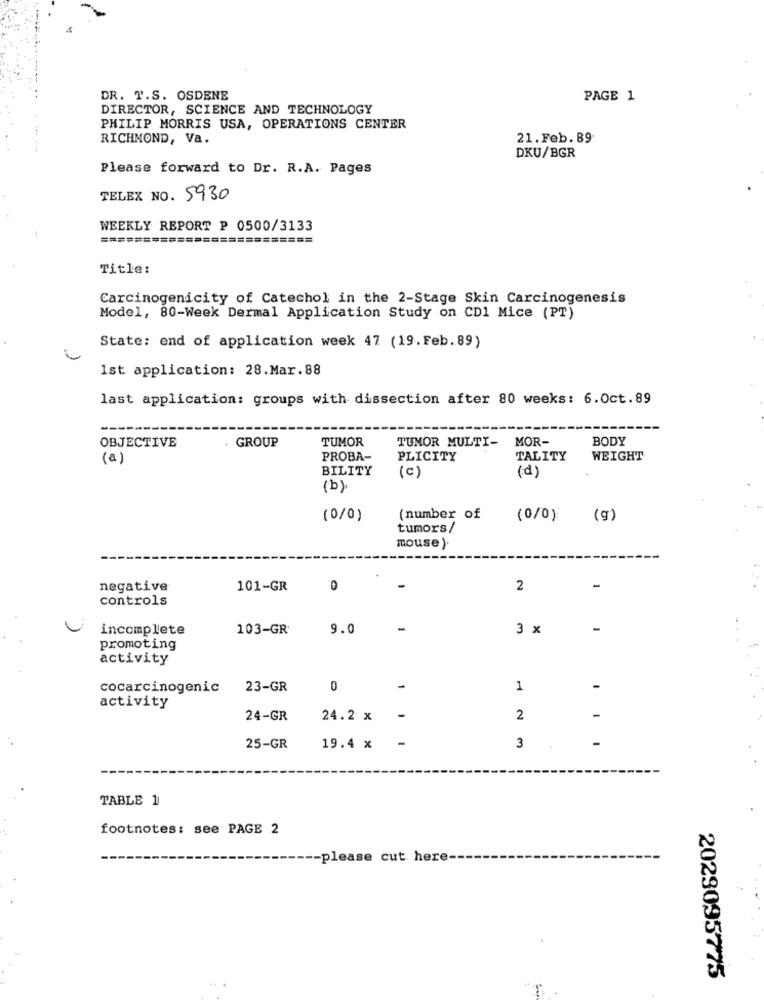
DR. T.S. OSDENE
PAGE 1
DIRECTOR, SCIENCE AND TECHNOLOGY
PHILIP MORRIS USA, OPERATIONS CENTER
RICHMOND, Va.
21.Feb. 89
DKU/BGR
Please forward to Dr. R.A. Pages
TELEX NO. 5930
WEEKLY REPORT P 0500/3133
========
=====
=========
Title:
Carcinogenicity of Catechol in the 2-Stage Skin Carcinogenesis
Model, 80-Week Dermal Application Study on CD1 Mice (PT)
State: end of application week 47 (19. Feb. 89)
1st application: 28.Mar.88
last application: groups with dissection after 80 weeks: 6.0ct.89
TUMOR
MOR-
BODY
OBJECTIVE
. GROUP
TUMOR MULTI-
(a)
PROBA-
PLICITY
TALITY
WEIGHT
BILITY
(C)
(d)
(b).
(0/0)
(number of
(0/0)
(g)
tumors /
mouse ).
negative
101-GR
0
2
controls
incomplete
103-GR
9.0
3 x
-
promoting
activity
cocarcinogenic
23-GR
0
-
1
activity
24-GR
24.2 x
2
-
-
-
25-GR
19.4 x
3
TABLE 1
footnotes: see PAGE 2
please cut here --
2029095775